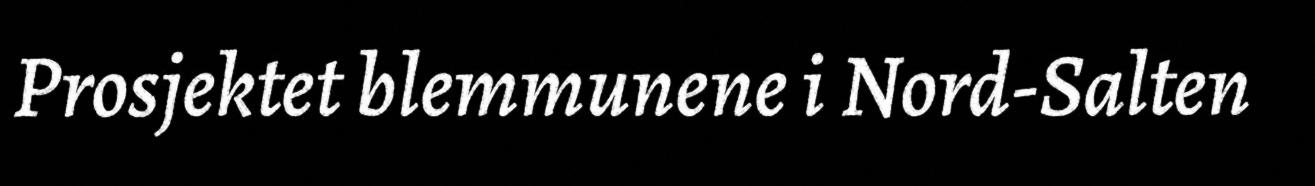
Prosjektet blemmunene i Nord-Salten